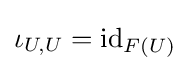
\iota _{U,U}=\mathrm {id} _{F(U)}